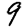
Digit: 9